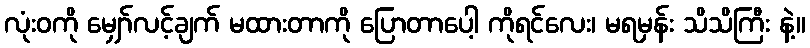
လုံးဝကို မျှော်လင့်ချက် မထားတာကို ပြောတာပေါ့ ကိုရင်လေး၊ မရမှန်း သိသိကြီး နဲ့။